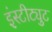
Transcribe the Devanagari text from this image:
इंस्‍टीट्युट